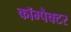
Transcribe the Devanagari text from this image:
कॉम्पैक्टर